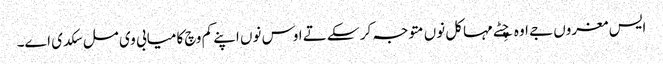
ایس مغروں جے اوہ چِٹے مہاکل نوں متوجہ کر سکے تے اوس نوں اپنے کم وچ کامیابی وی مل سکدی اے۔